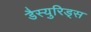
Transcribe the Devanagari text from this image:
डैस्युरिड्स